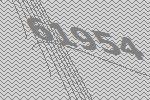
61954